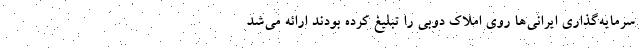
سرمایه‌گذاری ایرانی‌ها روی املاک دوبی را تبلیغ کرده بودند ارائه می‌شد